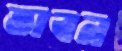
ভাবন